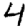
Digit: 4